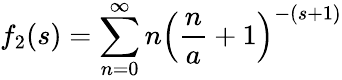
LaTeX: f_{2}(s)=\sum_{n=0}^{\infty}n\left(\frac{n}{a}+1\right)^{-(s+1)}